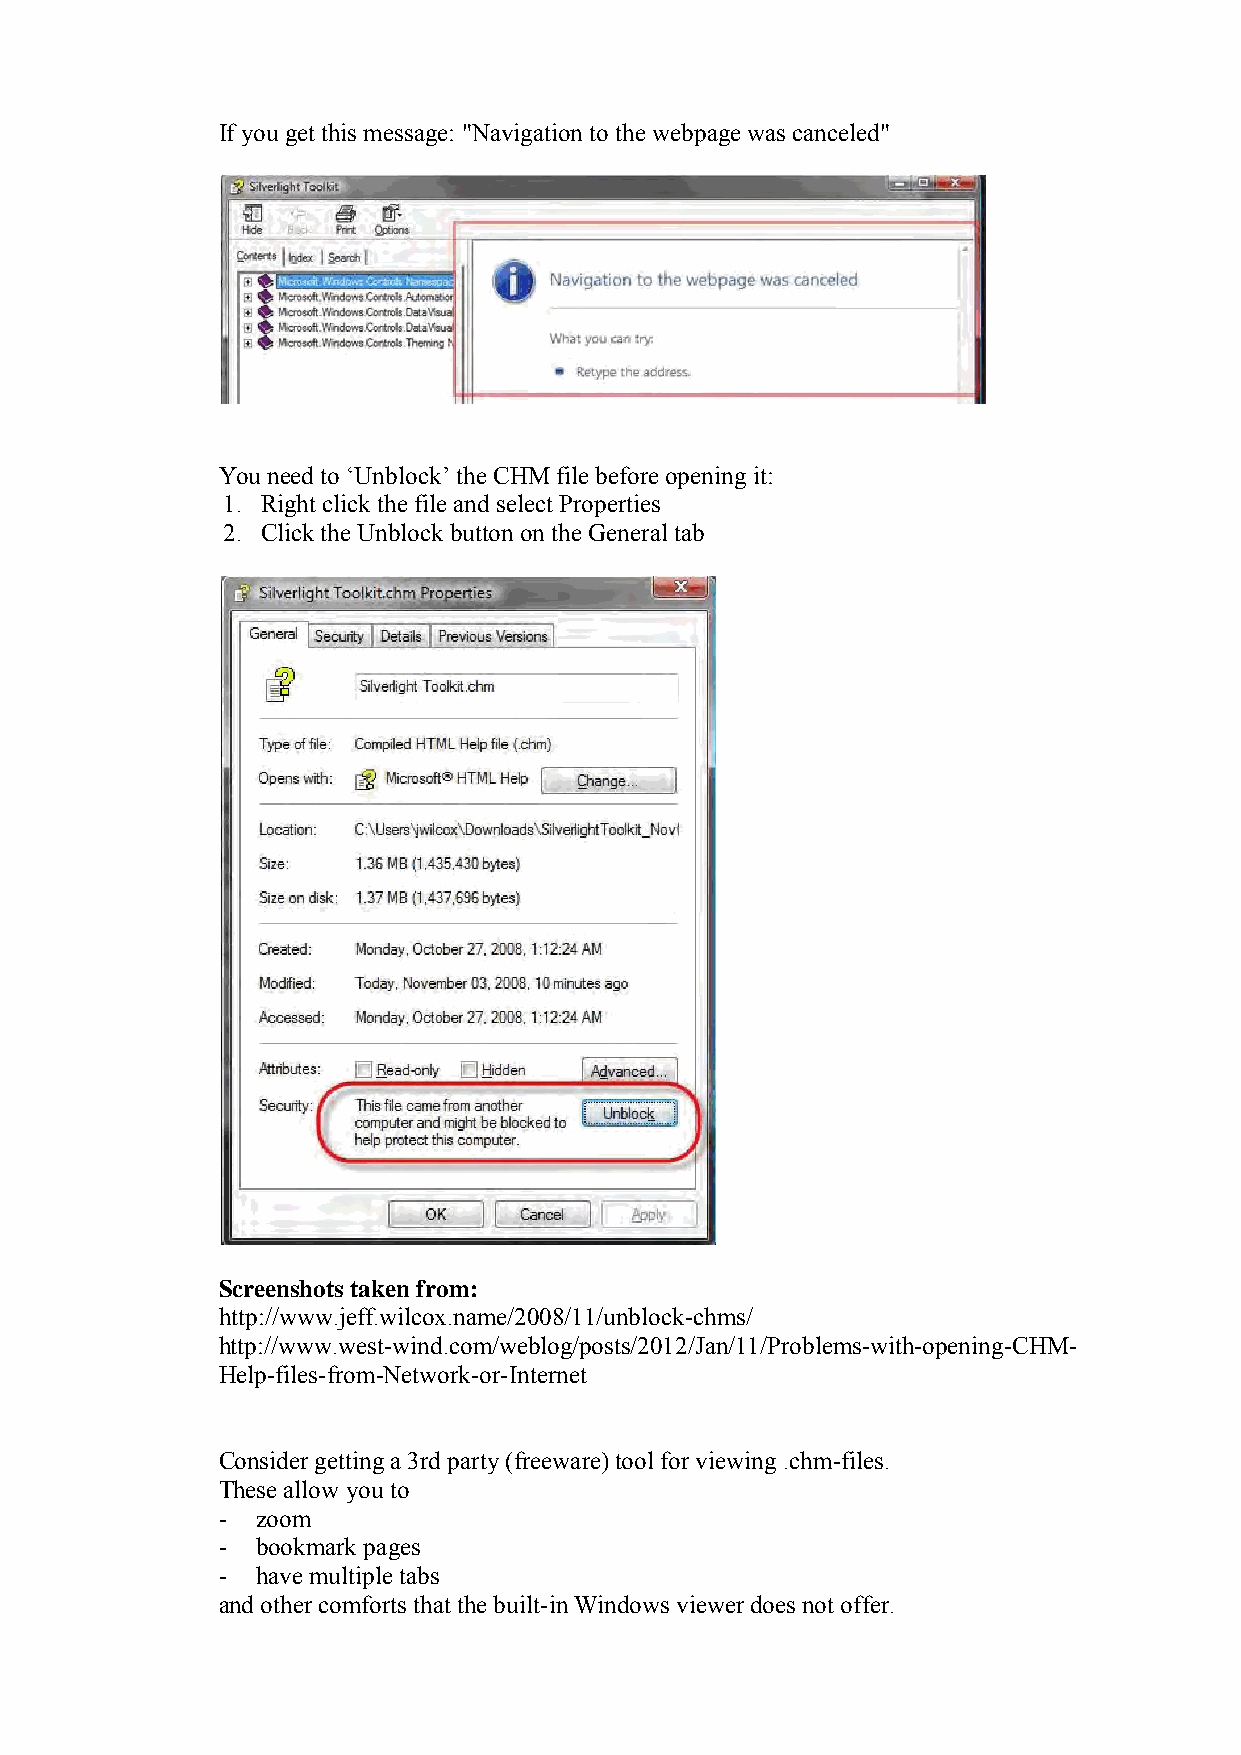
If you get this message: "Navigation to the webpage was canceled"
 You need to ‘Unblock’ the CHM file before opening it:
 1. Right click the file and select Properties
 2. Click the Unblock button on the General tab
 Screenshots taken from:
 http://www.jeff.wilcox.name/2008/11/unblock-chms/
 http://www.west-wind.com/weblog/posts/2012/Jan/11/Problems-with-opening-CHM-
 Help-files-from-Network-or-Internet
 Consider getting a 3rd party (freeware) tool for viewing .chm-files.
 These allow you to
 -  zoom
 -  bookmark pages
 -  have multiple tabs
 and other comforts that the built-in Windows viewer does not offer.